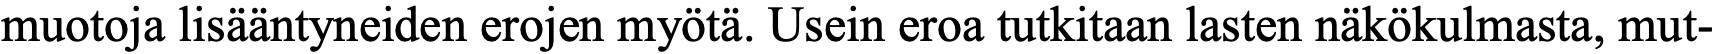
muotoja lisääntyneiden erojen myötä. Usein eroa tutkitaan lasten näkökulmasta, mut-